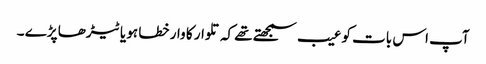
آپ اس بات کو عیب سمجھتے تھے کہ تلوار کا وار خطا ہو یا ٹیڑھا پڑے ۔